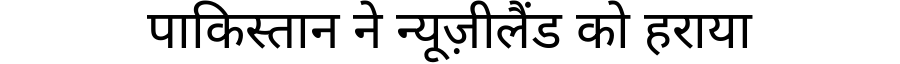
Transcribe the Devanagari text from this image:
पाकिस्तान ने न्यूज़ीलैंड को हराया